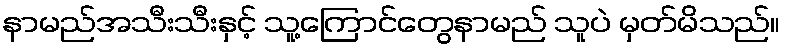
နာမည်အသီးသီးနှင့် သူ့ကြောင်တွေနာမည် သူပဲ မှတ်မိသည်။